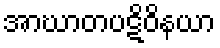
အာဃာတပဋိဝိနယာ